Tezpur Lunatic Asylum reports 1877-1894 - 1877-1894
Year: 1877
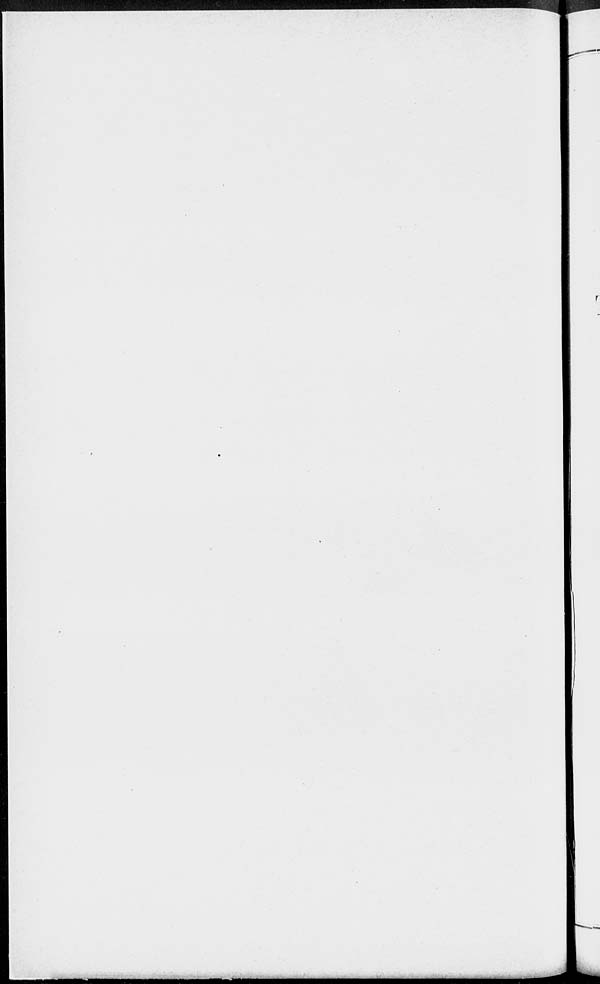
r